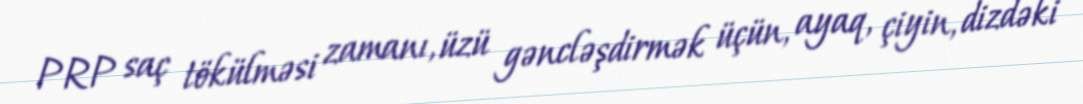
PRP saç tökülməsi zamanı, üzü gəncləşdirmək üçün, ayaq, çiyin, dizdəki